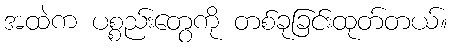
အထဲက ပစ္စည်းတွေကို တစ်ခုခြင်းထုတ်တယ်။